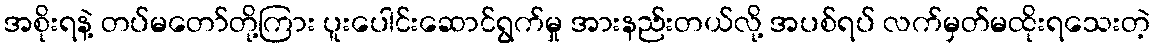
အစိုးရနဲ့ တပ်မတော်တို့ကြား ပူးပေါင်းဆောင်ရွက်မှု အားနည်းတယ်လို့ အပစ်ရပ် လက်မှတ်မထိုးရသေးတဲ့